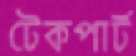
টেকপার্ট